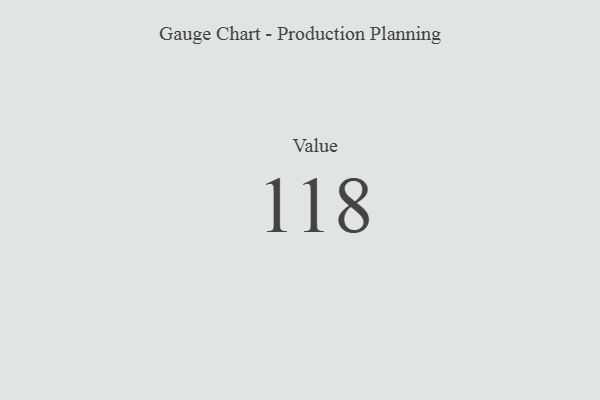
{"axis": {"x": "Metric", "y": "Value"}, "legend": [""], "data": [{"x": "Value", "y": 118, "type": ""}]}